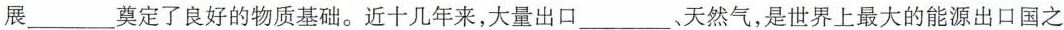
展___奠定了良好的物质基础。近十几年来，大量出口___、天然气，是世界上最大的能源出口国之